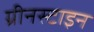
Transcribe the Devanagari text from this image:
ग्रीनस्टाइन